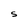
Character: S